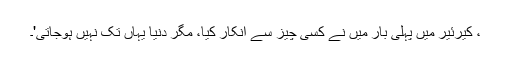
، کیرئیر میں پہلی بار میں نے کسی چیز سے انکار کیا، مگر دنیا یہاں تک نہیں ہوجاتی'۔